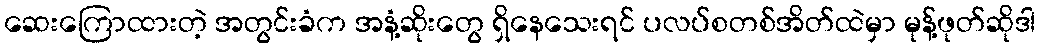
ဆေးကြောထားတဲ့ အတွင်းခံက အနံ့ဆိုးတွေ ရှိနေသေးရင် ပလပ်စတစ်အိတ်ထဲမှာ မုန့်ဖုတ်ဆိုဒါ